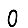
Digit: 0